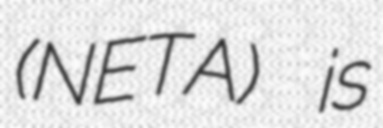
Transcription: (NETA) is